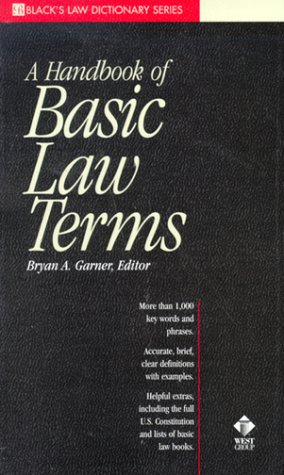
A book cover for A Dictionary of Basic Law Terms (Black's Law Dictionary Series); Bryan A. Garner; Law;